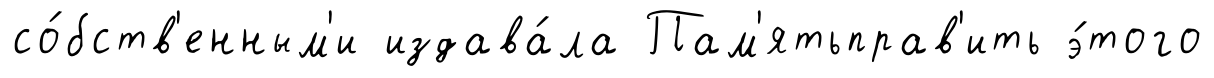
со́бств'енным'и издава́ла Пам'ятьправ'ить э́того